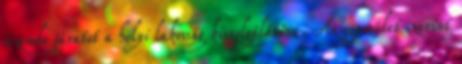
üzembe járatot a helyi lakosság kiszolgálására. Az egyesület szerint